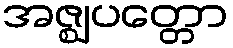
အဇ္ဈပတ္တော